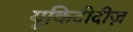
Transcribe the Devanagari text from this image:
यूकिदीदीज़